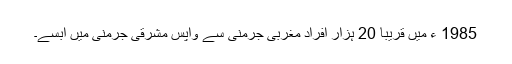
1985 ء میں قریباً 20 ہزار افراد مغربی جرمنی سے واپس مشرقی جرمنی میں آبسے۔